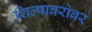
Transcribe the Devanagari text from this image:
शिल्पाबरोबर